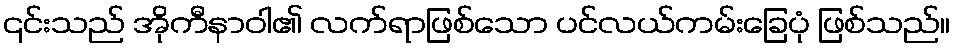
၎င်းသည် အိုကီနာဝါ၏ လက်ရာဖြစ်သော ပင်လယ်ကမ်းခြေပုံ ဖြစ်သည်။